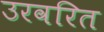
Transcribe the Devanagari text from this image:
उरवरित